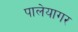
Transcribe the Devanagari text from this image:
पालेयागर